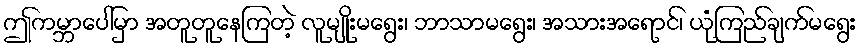
ဤကမ္ဘာပေါ်မှာ အတူတူနေကြတဲ့ လူမျိုးမရွေး၊ ဘာသာမရွေး၊ အသားအရောင်၊ ယုံကြည်ချက်မရွေး